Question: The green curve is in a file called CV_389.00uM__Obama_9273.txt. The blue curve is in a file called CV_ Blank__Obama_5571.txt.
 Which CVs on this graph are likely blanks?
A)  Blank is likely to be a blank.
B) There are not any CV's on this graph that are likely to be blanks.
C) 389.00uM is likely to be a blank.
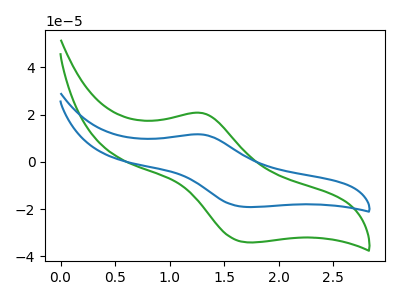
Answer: <think>The green curve "389.00uM" has an anodic peak at (1.30V, 20.70uA) and a cathodic peak at (1.70V, -34.05uA). The blue curve " Blank" has an anodic peak at (1.30V, 11.60uA) and a cathodic peak at (1.70V, -19.10uA).</think>
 <answer>B) There are not any CV's on this graph that are likely to be blanks.</answer>
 <eval>B</eval>